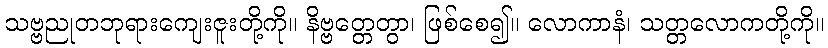
သဗ္ဗညုတဘုရားကျေးဇူးတို့ကို။ နိဗ္ဗတ္တေတွာ၊ ဖြစ်စေ၍။ လောကာနံ၊ သတ္တလောကတို့ကို။